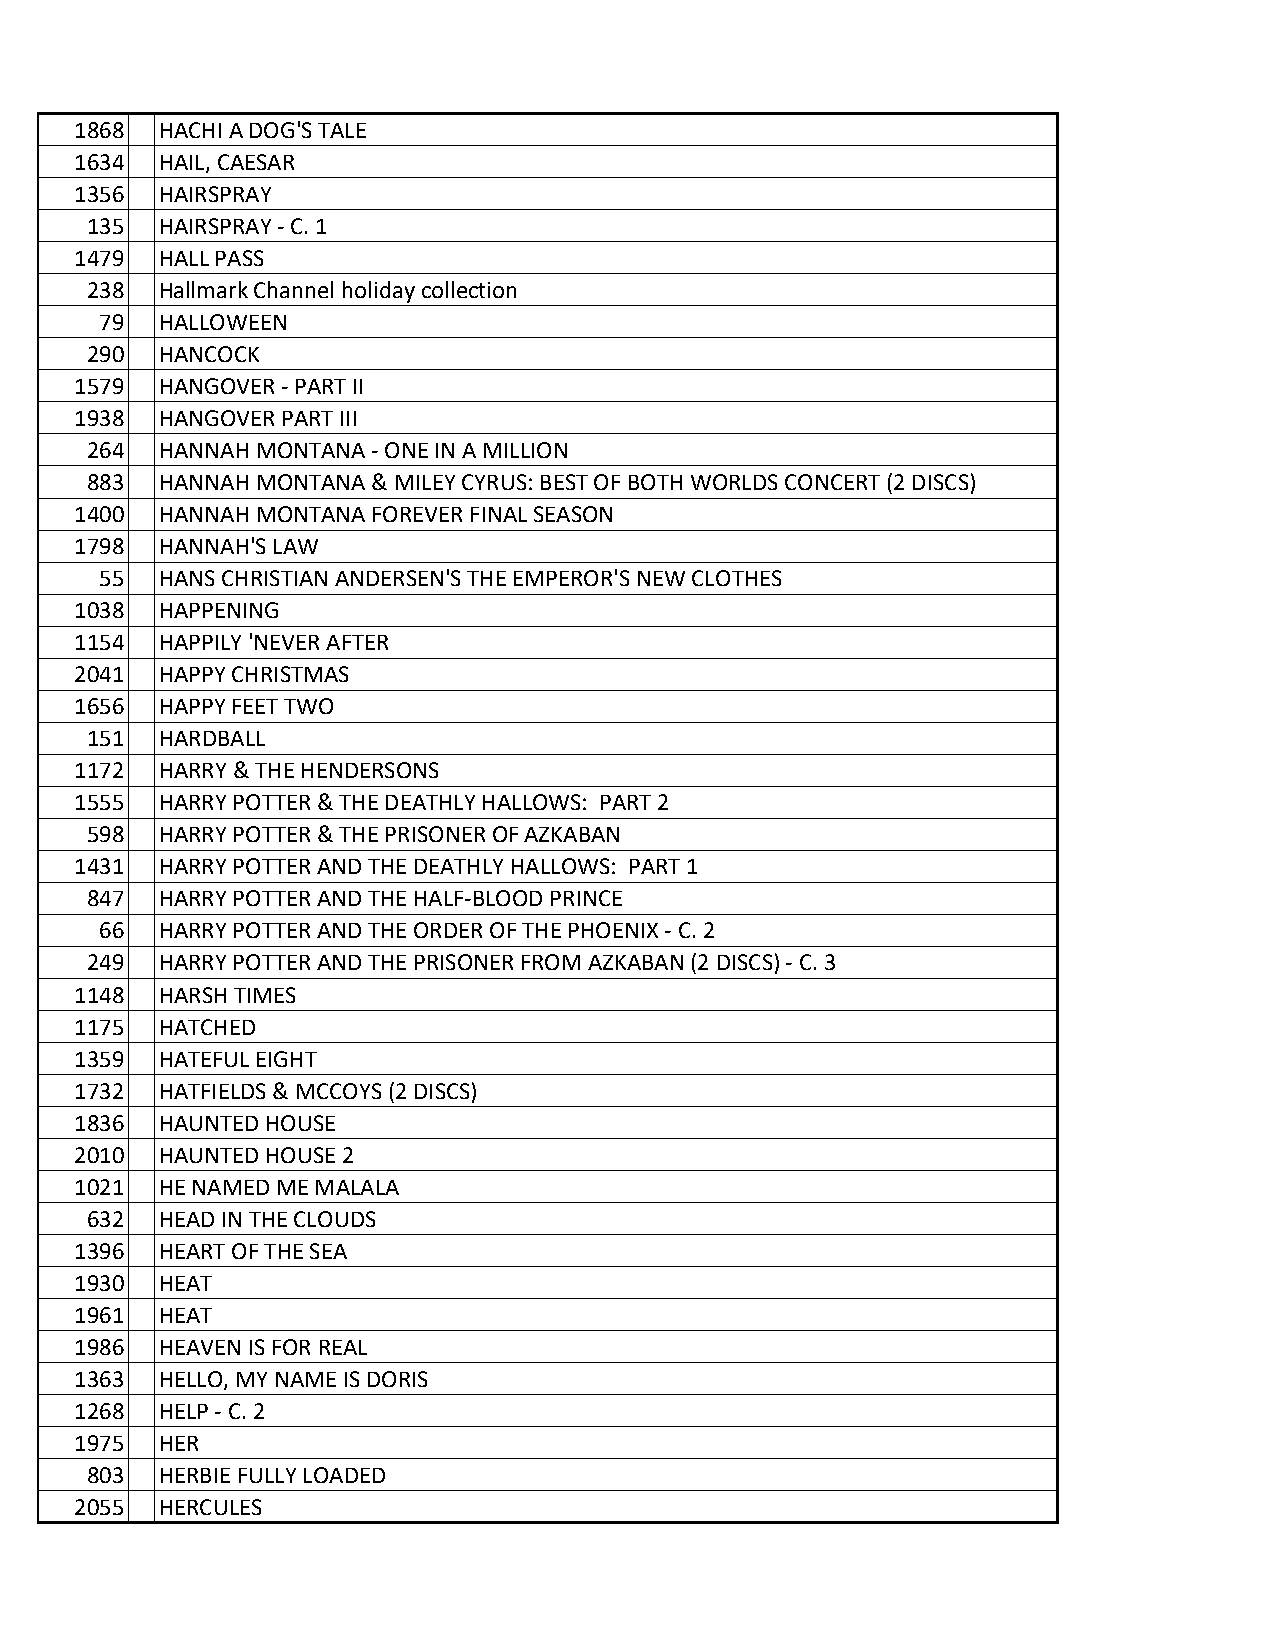
1868 HACHI A DOG'S TALE
 1634 HAIL, CAESAR
 1356 HAIRSPRAY
 135 HAIRSPRAY - C. 1
 1479 HALL PASS
 238 Hallmark Channel holiday collection
 79 HALLOWEEN
 290 HANCOCK
 1579 HANGOVER - PART II
 1938 HANGOVER PART III
 264 HANNAH MONTANA - ONE IN A MILLION
 883 HANNAH MONTANA & MILEY CYRUS: BEST OF BOTH WORLDS CONCERT (2 DISCS)
 1400 HANNAH MONTANA FOREVER FINAL SEASON
 1798 HANNAH'S LAW
 55 HANS CHRISTIAN ANDERSEN'S THE EMPEROR'S NEW CLOTHES
 1038 HAPPENING
 1154 HAPPILY 'NEVER AFTER
 2041 HAPPY CHRISTMAS
 1656 HAPPY FEET TWO
 151 HARDBALL
 1172 HARRY & THE HENDERSONS
 1555 HARRY POTTER & THE DEATHLY HALLOWS: PART 2
 598 HARRY POTTER & THE PRISONER OF AZKABAN
 1431 HARRY POTTER AND THE DEATHLY HALLOWS: PART 1
 847 HARRY POTTER AND THE HALF-BLOOD PRINCE
 66 HARRY POTTER AND THE ORDER OF THE PHOENIX - C. 2
 249 HARRY POTTER AND THE PRISONER FROM AZKABAN (2 DISCS) - C. 3
 1148 HARSH TIMES
 1175 HATCHED
 1359 HATEFUL EIGHT
 1732 HATFIELDS & MCCOYS (2 DISCS)
 1836 HAUNTED HOUSE
 2010 HAUNTED HOUSE 2
 1021 HE NAMED ME MALALA
 632 HEAD IN THE CLOUDS
 1396 HEART OF THE SEA
 1930 HEAT
 1961 HEAT
 1986 HEAVEN IS FOR REAL
 1363 HELLO, MY NAME IS DORIS
 1268 HELP - C. 2
 1975 HER
 803 HERBIE FULLY LOADED
 2055 HERCULES